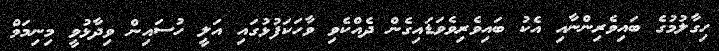
ހިގާލުމުގެ ބައިވެރިންނާއި އެކު ބައިވެރިވެވަޑައިގެން ދެއްކެވި ވާހަކަފުޅުގައި އަލީ ހުސައިން ވިދާޅުވީ މިނިމަމް